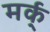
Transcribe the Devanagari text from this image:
मर्क्